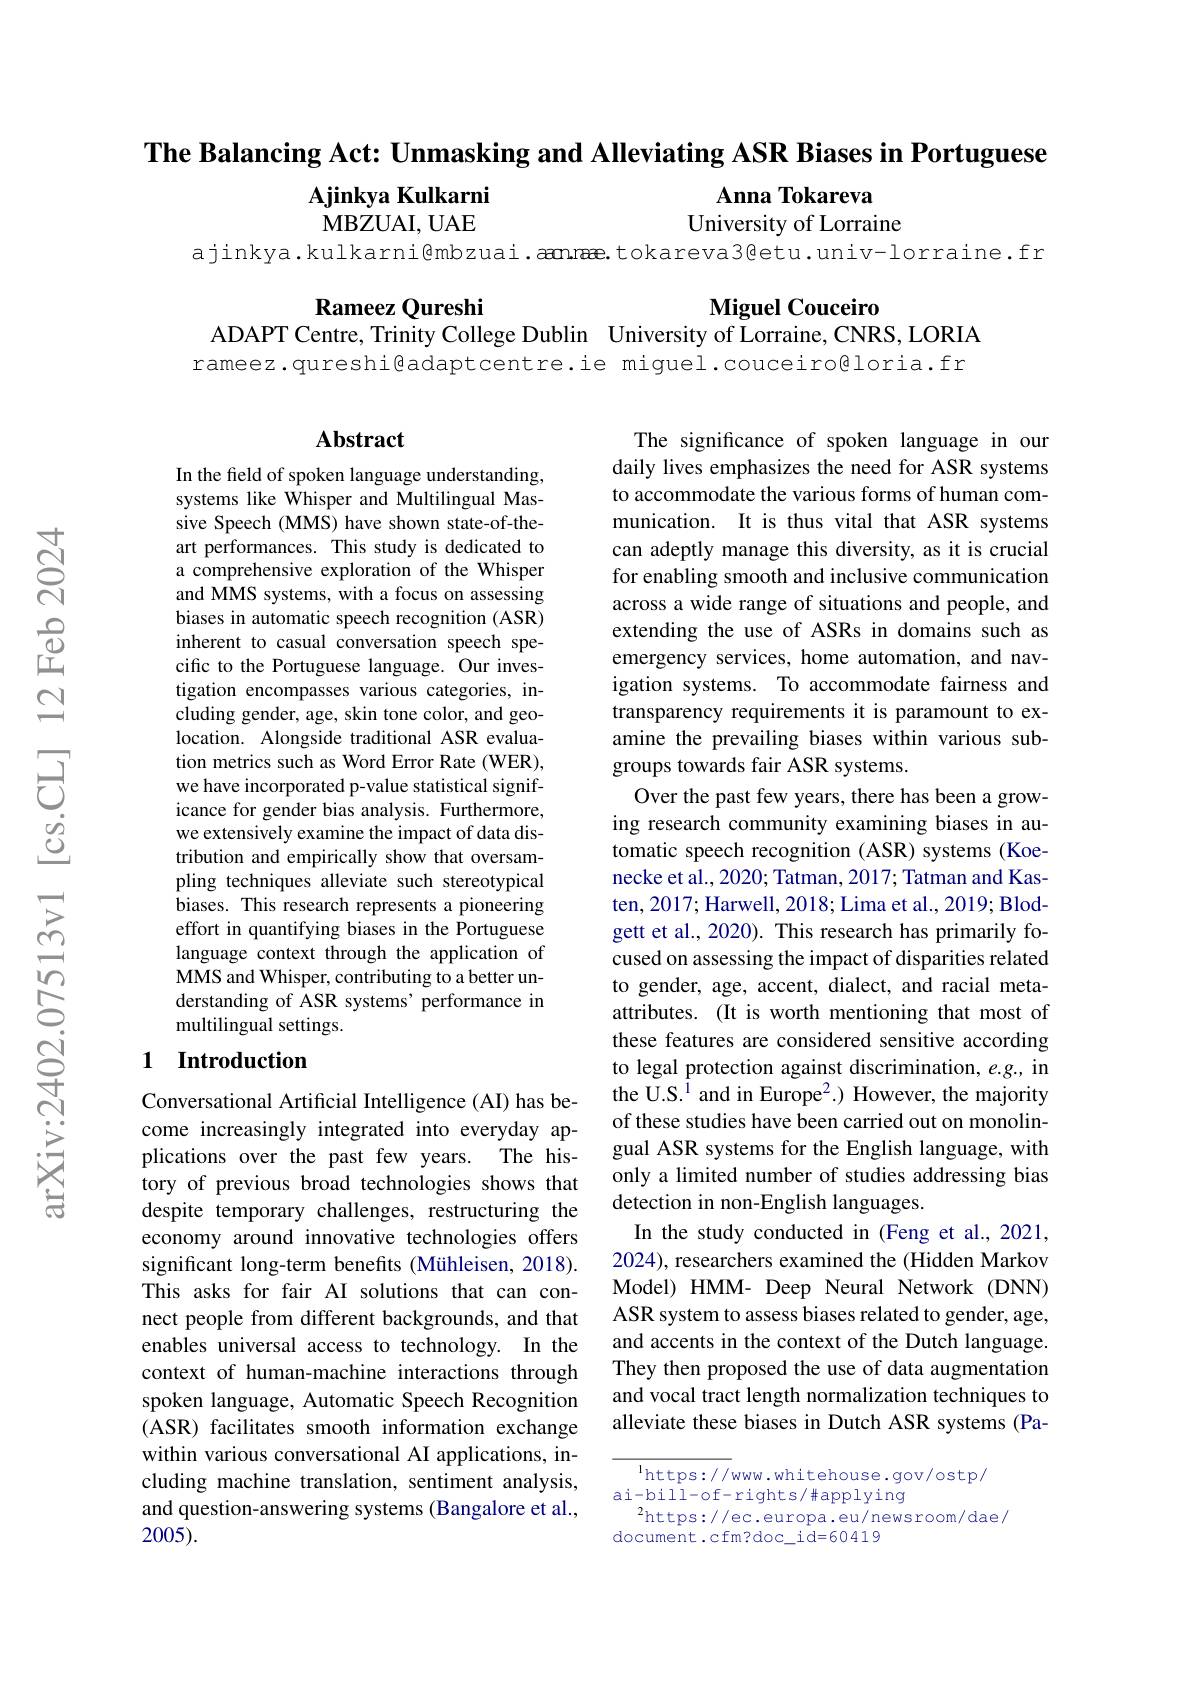
The Balancing Act: Unmasking and Alleviating ASR Biases in Portuguese
Ajinkya Kulkarni
$\mathbf{Anna}$ Tokareva
MBZUAI, UAE
University of Lorraine

ajinkya.kulkarni@mbzuai. aanæe.tokareva3@etu.univ-lorraine.fr

Rameez Qureshi
ADAPT Centre, Trinity College Dublin University of Lorraine, CNRS, LORIA

Miguel Couceiro
rameez.qureshi@adaptcentre.ie miguel.couceiro@loria.fr

## Abstract

In the field of spoken language understanding, systems like Whisper and Multilingual Massive Speech (MMS) have shown state-of-theart performances. This study is dedicated to a comprehensive exploration of the Whisper and MMS systems, with a focus on assessing biases in automatic speech recognition (ASR) inherent to casual conversation speech specific to the Portuguese language. Our investigation encompasses various categories, including gender, age, skin tone color, and geolocation. Alongside traditional ASR evaluation metrics such as Word Error Rate (WER), we have incorporated p-value statistical significance for gender bias analysis. Furthermore, we extensively examine the impact of data distribution and empirically show that oversampling techniques alleviate such stereotypical biases. This research represents a pioneering effort in quantifying biases in the Portuguese language context through the application of MMS and Whisper, contributing to a better understanding of ASR systems'performance in multilingual settings.

## 1 Introduction

Conversational Artificial Intelligence (AI) has become increasingly integrated into everyday applications over the past few years. The history of previous broad technologies shows that despite temporary challenges, restructuring the economy around innovative technologies offers significant long-term benefits (Mühleisen, 2018). This asks for fair AI solutions that can connect people from different backgrounds, and that enables universal access to technology. In the context of human-machine interactions through spoken language, Automatic Speech Recognition (ASR) facilitates smooth information exchange within various conversational AI applications, including machine translation, sentiment analysis, and question-answering systems (Bangalore et al., 2005).

The significance of spoken language in our daily lives emphasizes the need for ASR systems to accommodate the various forms of human communication. It is thus vital that ASR systems can adeptly manage this diversity, as it is crucial for enabling smooth and inclusive communication across a wide range of situations and people, and extending the use of ASRs in domains such as emergency services, home automation, and navigation systems. To accommodate fairness and transparency requirements it is paramount to examine the prevailing biases within various subgroups towards fair ASR systems.
Over the past few years, there has been a growing research community examining biases in automatic speech recognition (ASR) systems (Koenecke et al., 2020; Tatman, 2017; Tatman and Kasten, 2017; Harwell, 2018; Lima et al., 2019; Blodgett et al., 2020). This research has primarily focused on assessing the impact of disparities related to gender, age, accent, dialect, and racial metaattributes. (It is worth mentioning that most of these features are considered sensitive according to legal protection against discrimination, $e.g.$, in the U.S.$^1$ and in Europe$^2.)$ However, the majority of these studies have been carried out on monolingual ASR systems for the English language, with only a limited number of studies addressing bias detection in non-English languages.
In the study conducted in (Feng et al.,2021, 2024), researchers examined the (Hidden Markov Model) HMM- Deep Neural Network (DNN) ASR system to assess biases related to gender, age, and accents in the context of the Dutch language. They then proposed the use of data augmentation and vocal tract length normalization techniques to alleviate these biases in Dutch ASR systems (Pa-

$^{1}$https://www.whitehouse.gov/ostp/
$ai-bill-of-rights/\#applying$
$^2$https://ec.europa.eu/newsroom/dae/
document.cfm?doc\_id=60419